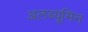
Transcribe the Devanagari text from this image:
अलब्यूमिन